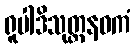
ရူပါဒိသုတ္တနဝကံ